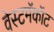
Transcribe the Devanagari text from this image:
वेस्टमॅकॉट